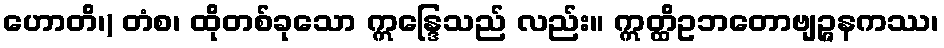
ဟောတိ၊) တံစ၊ ထိုတစ်ခုသော ဣန္ဒြေသည် လည်း။ ဣတ္ထိဥဘတောဗျဉ္ဇနကဿ၊